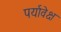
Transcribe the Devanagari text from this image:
पर्यावेक्ष